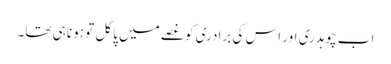
اب چوہدری اور اس کی برادری کو غصے میں پاگل تو ہونا ہی تھا۔